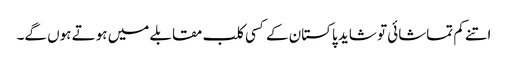
اتنے کم تماشائی تو شاید پاکستان کے کسی کلب مقابلے میں ہوتے ہوں گے۔